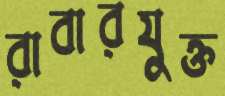
রাবারযুক্ত